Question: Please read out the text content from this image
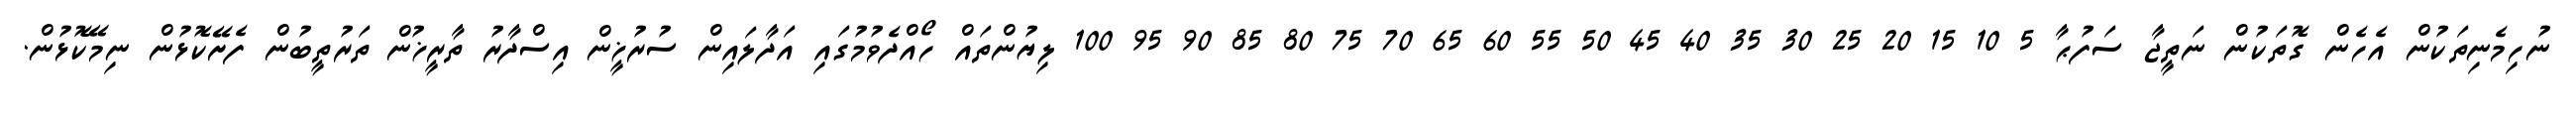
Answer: ނުހިމެނިތަކުން އެހެން ގޮތަކުން ނަތީޖާ ސަފުޙާ 5 10 15 20 25 30 35 40 45 50 55 60 65 70 75 80 85 90 95 100 ލިޔުންތައް ހޯއްދެވުމުގައި އަދާލައިން ސުރުޚީން އިސްދާރު ތާރީޚުން ތަރުތީބުން ފެށޭކޮޅުން ނިމޭކޮޅުން.